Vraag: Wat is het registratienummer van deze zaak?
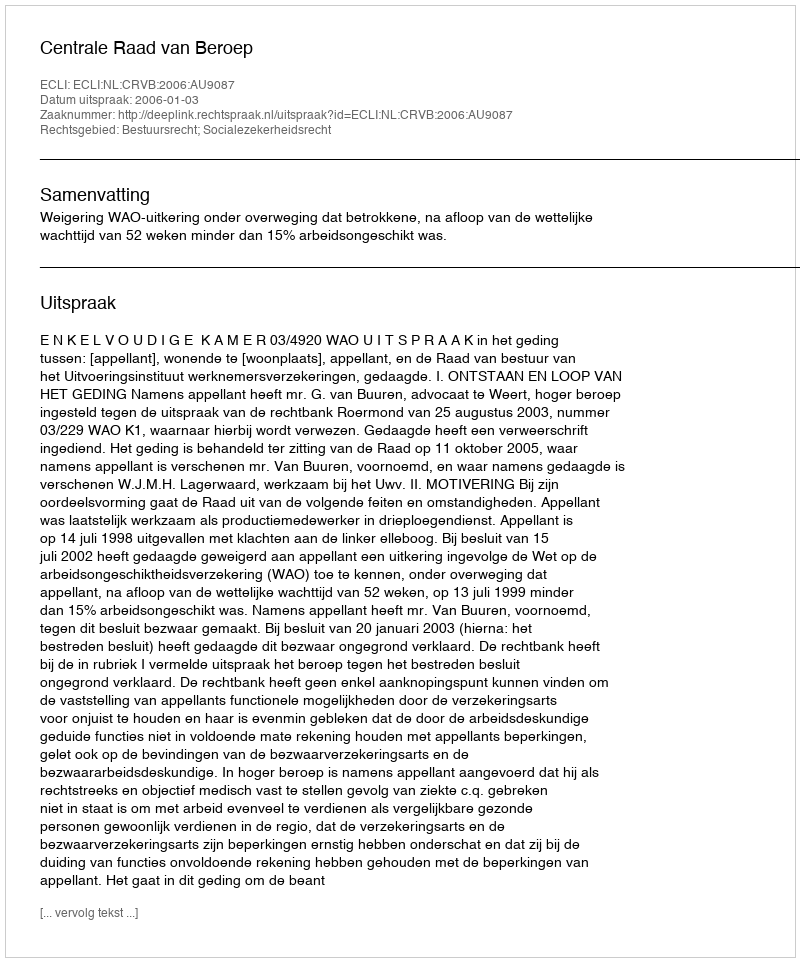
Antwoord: http://deeplink.rechtspraak.nl/uitspraak?id=ECLI:NL:CRVB:2006:AU9087